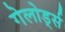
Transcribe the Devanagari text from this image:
गेलोर्ड्स